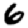
Digit: 6